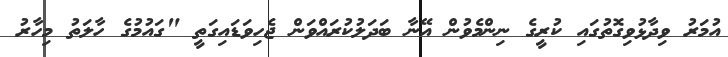
އުމަރު ވިދާޅުވިގޮތުގައި ކުރީގެ ނިންމެވުން އޭނާ ބަދަލުކުރައްވަން ޖެހިވަޑައިގަތީ "ގައުމުގެ ހާލަތު މިހާރު